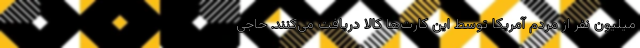
میلیون نفر از مردم آمریکا توسط این کارت‌ها کالا دریافت می‌کنند. حاجی